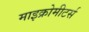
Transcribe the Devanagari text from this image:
माइक्रोमीटर्स